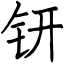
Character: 钘